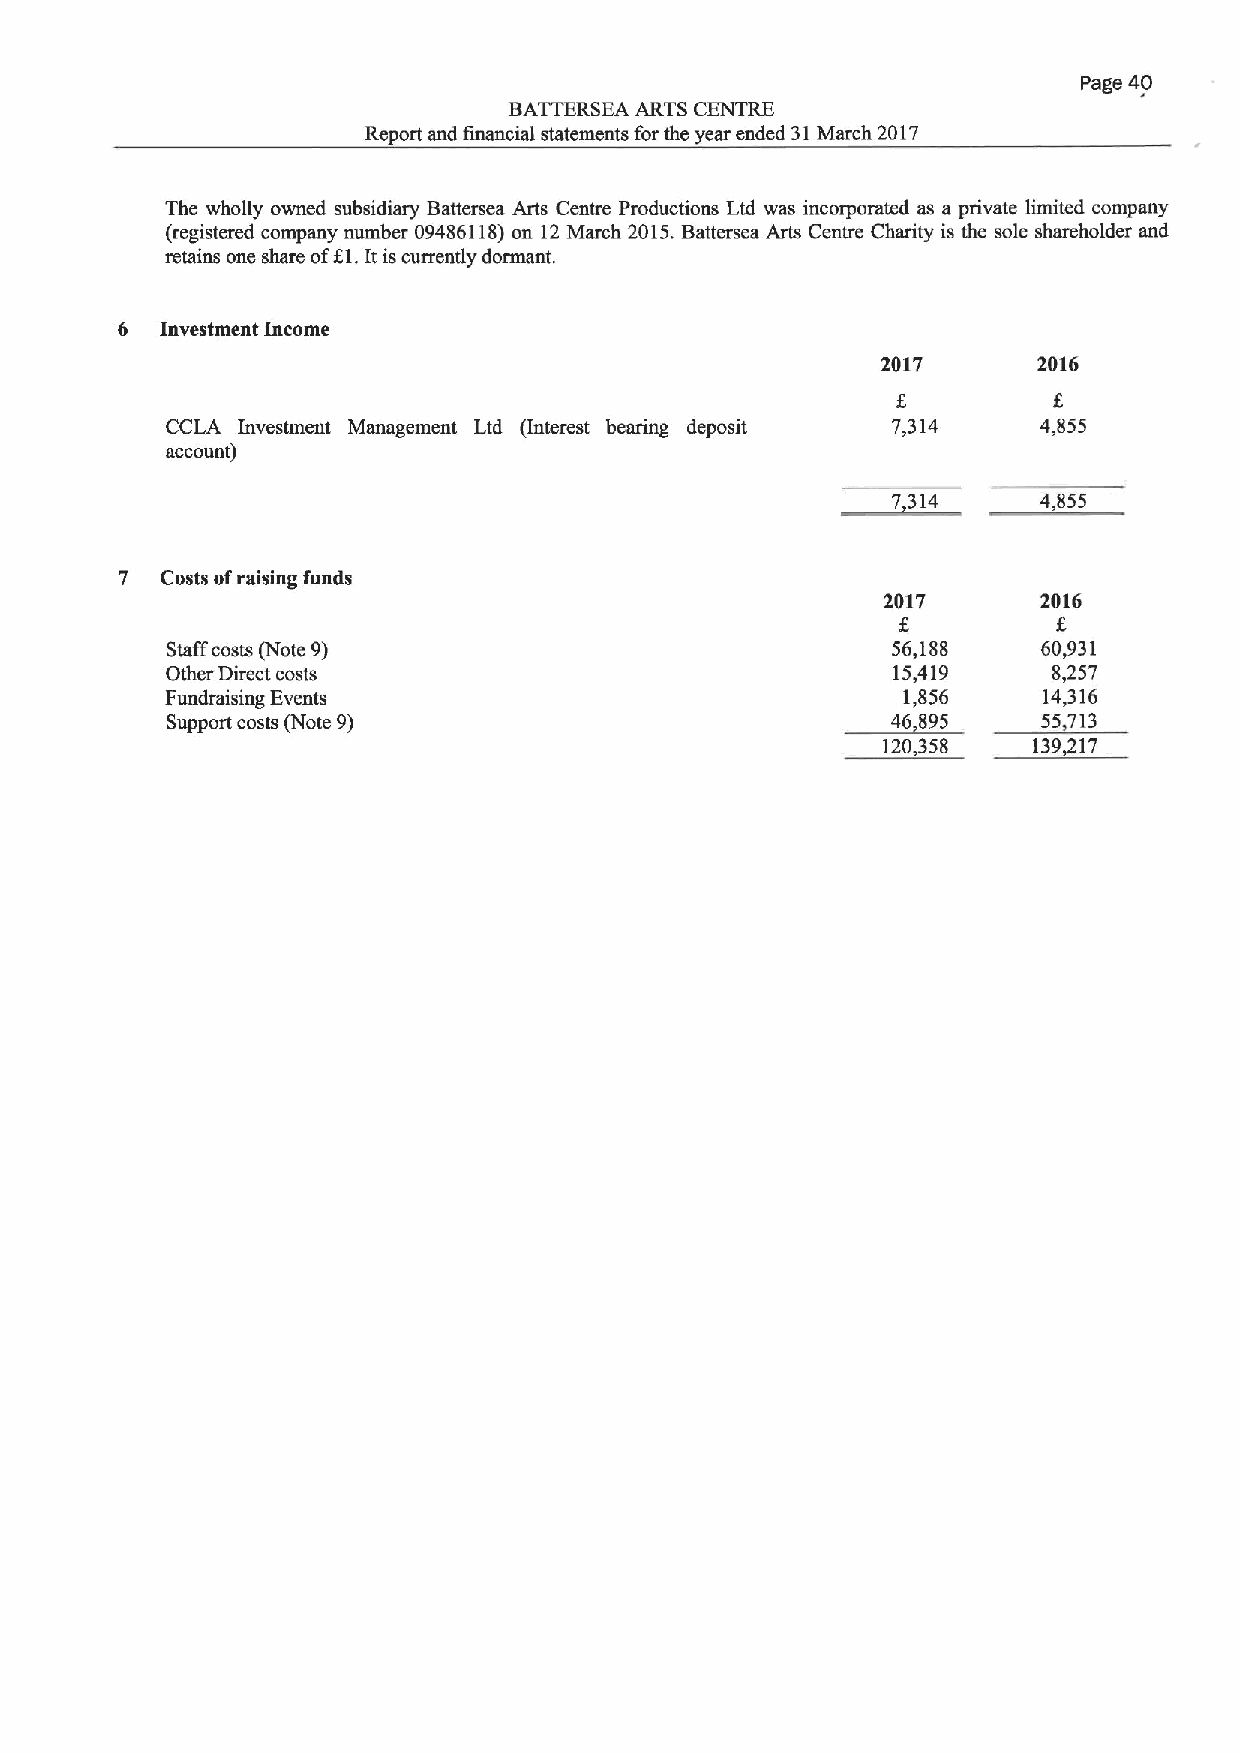
Page 40
 BATTERSEA ARTS CENTRE
 Report and financial statements forthe year ended 31March 2017
 The wholly owned subsidiary Battersea Arts Centre Productions Ltd was incorporated as a private limited company
 (registered company number 09486118)on 12 March 2015.Battersea Arts Centre Charity is the sole shareholder and
 retains one share ofXl.Itiscurrently dormant.
 6  Investment Income
 2017       2016
 CCLA Investment Management Ltd (Interest bearing deposit 7,314 4,855
 account)
 7,314     4,855
 7  Costs ofraising funds
 2017       2016
 Staffcosts (Note 9)                             56,188    60,931
 Other Direct costs                              15,419     8,257
 Fundraising Events                               1,856    14,316
 Support costs (Note 9)                          46 995    55,713
 120,358   139,217